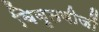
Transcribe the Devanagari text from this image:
विवृतबीजों